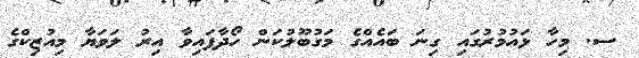
ސ. މިހާ ޅައުމުރުގައި ގިނަ ބައެއްގެ މަގުބޫލުކަން ހޯދާފައިވާ އިރު ލަވަޔާ މިއުޒިކްގެ